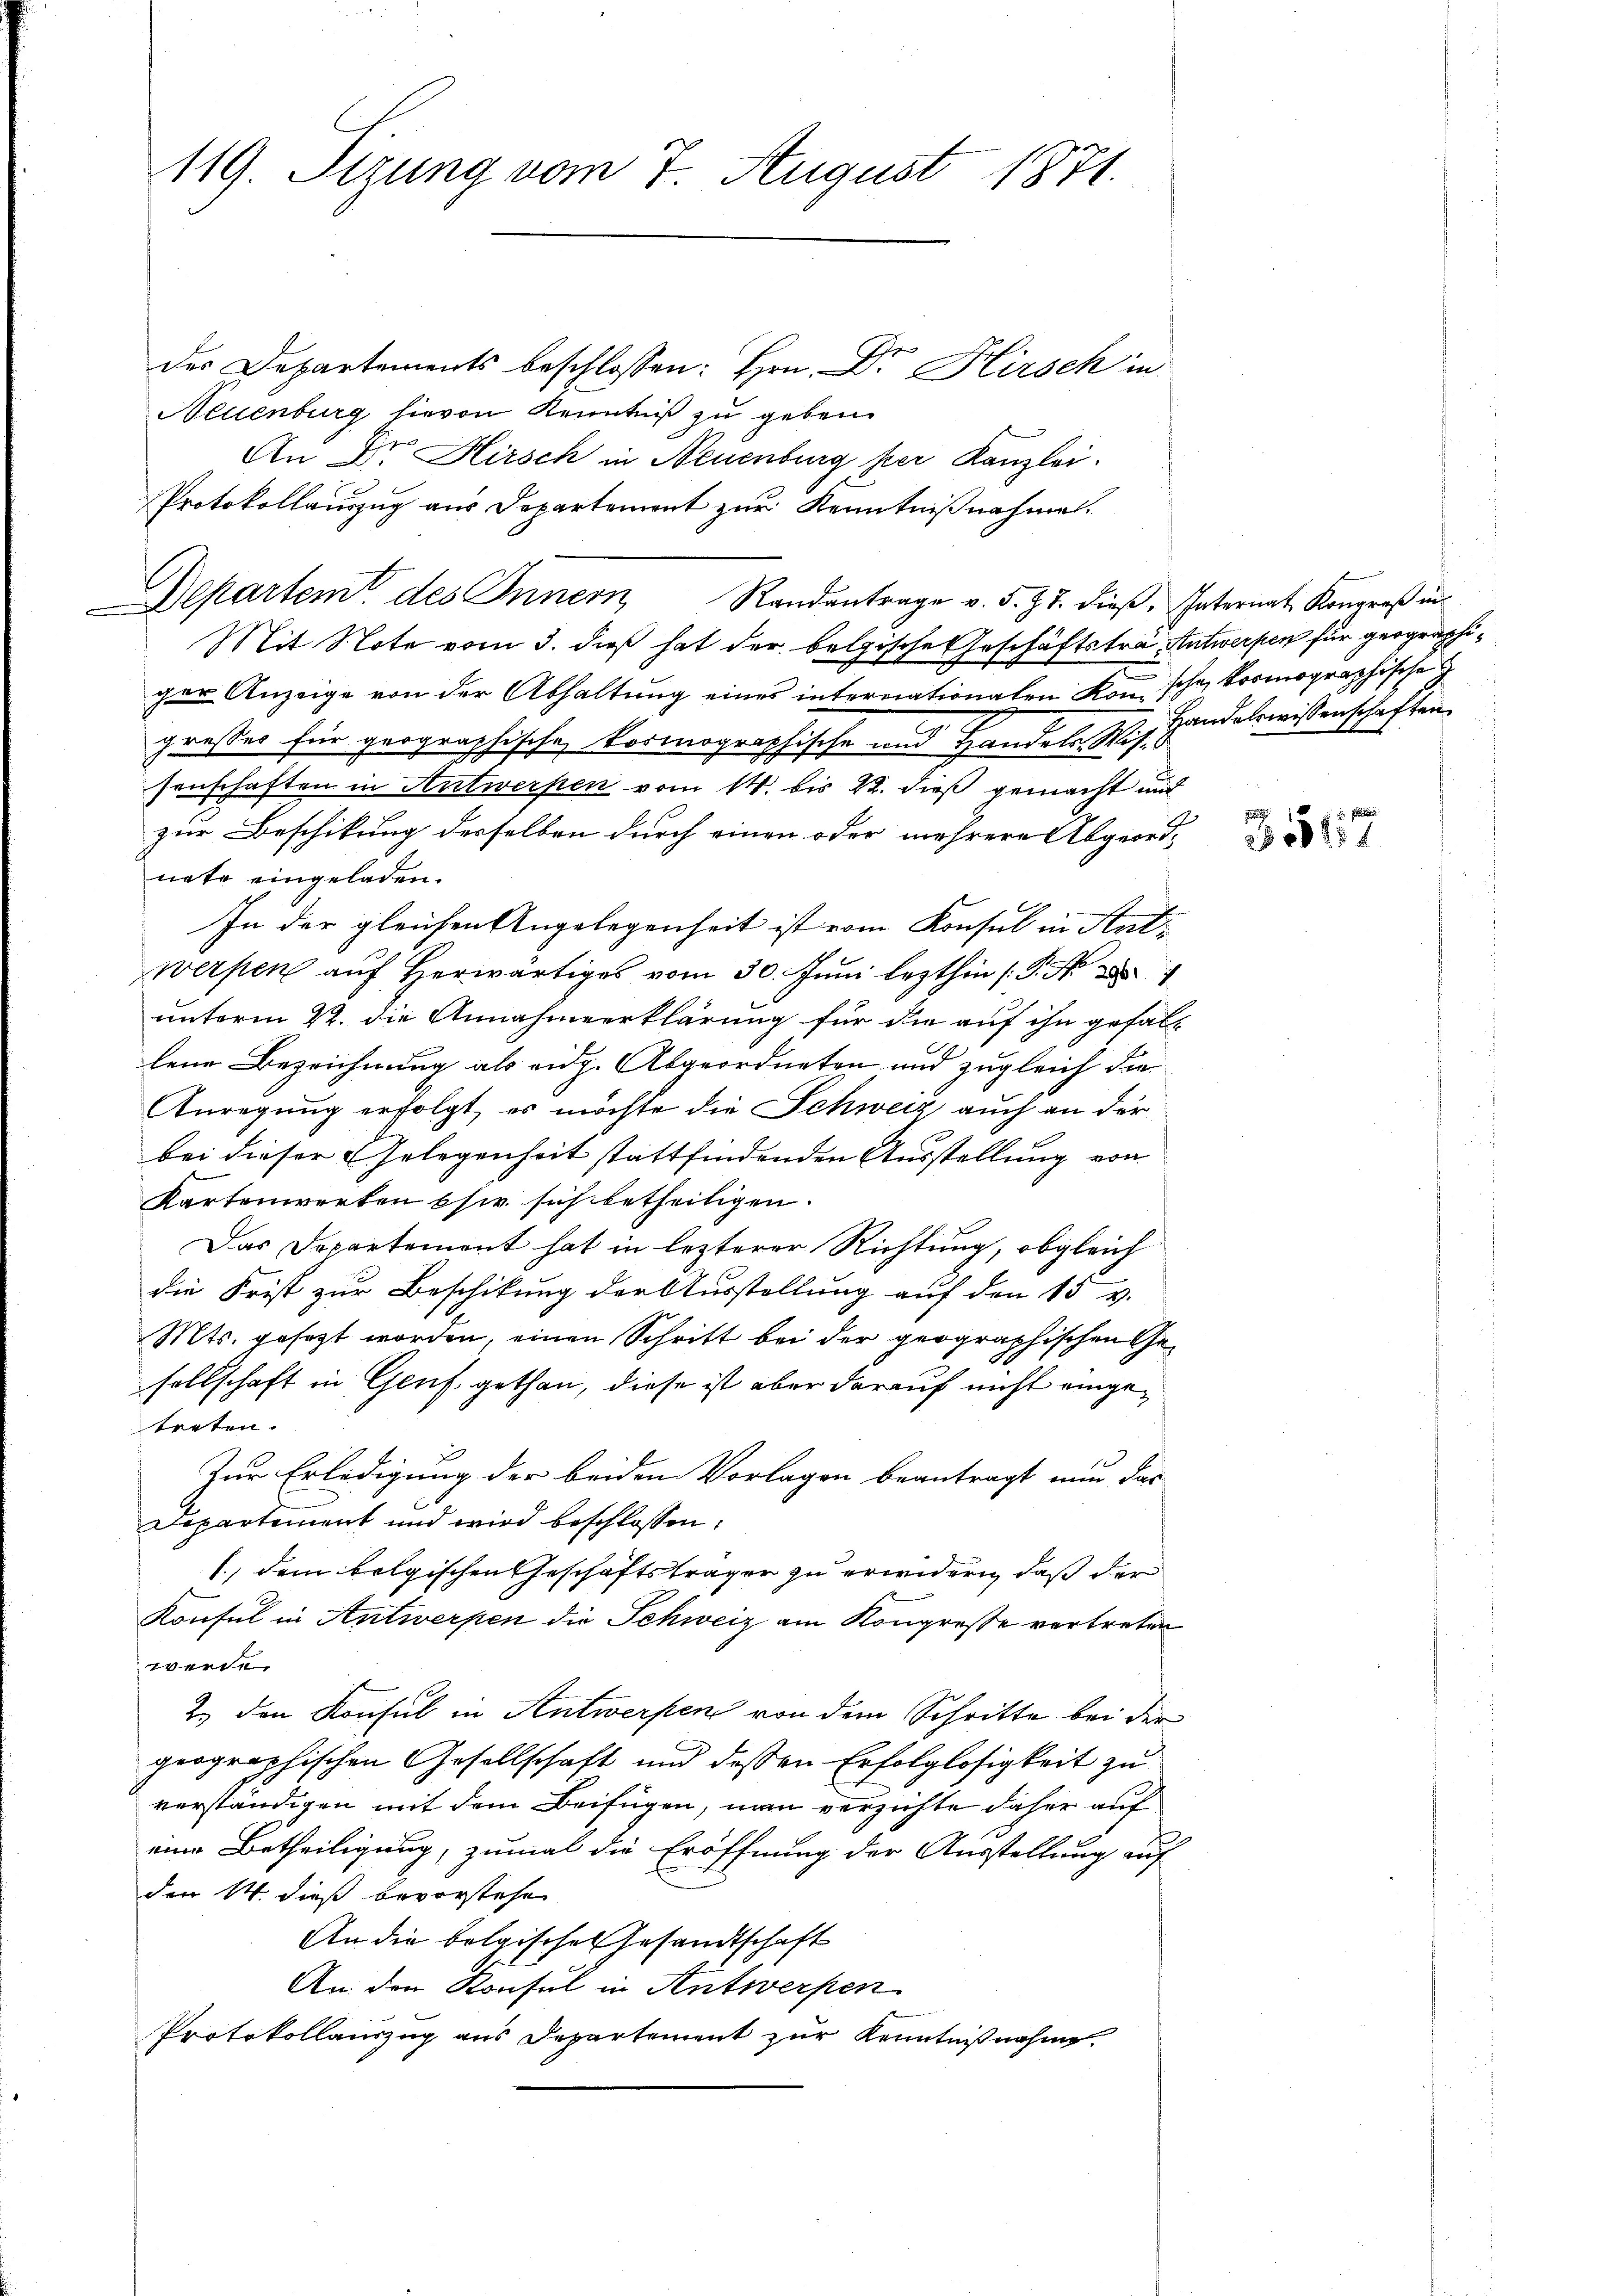
119. Sizung vom 7. August 1871.

des Departements beschlossen: Hrn. Dr Hirsch in
Neuenburg hievon Kenntniß zu geben.
An Dr. Hirsch in Neuenburg her Kanzlei.
Protokollauszug aus Departement zur Kenntnißnahmen.
Departem des Innern Randantrage v. 5. Zt. dieß. Internat Kongreß in
Mit Note vom 3. daß hat der belgische Geschäftstra, Antwerpen für geographiger Anzeige von der Abhaltung eines internationalen Kon schon kormographische
grosses für geographische kormographische und Handels Wissenschaften in Antwerpen vom 14. bis 22. dieß gemacht und
zur Beschikung derselben durch einen oder mehrere Abgeordnete eingeladen.
In der gleichen Angelegenheit ist vom Konsul in Antwerfen auf herwärtiges vom 30. Juni lezthin /: P. Nr. 188
unterm 22. die Annahmeerklärung für die auf ihn gefallene Bezeichnung als eidg. Abgeordneten und zugleich die
Anregung erfolgt, es möchte die Schweiz auch an der
bei dieser Gelegenheit stattfindenden Ausstellung von
Kartenwerken sie sich betheiligen.
Das Departement hat in lezterer Richtung, obgleich
die Frist zur Beschikung der Ausstellung auf den 15 v.
Mts. gesagt worden, einen Schritt bei der geographischen Ge¬
S
sellschaft in Genf. gethan, diese ist aber darauf nicht eingetreten.
Zur Erledigung der beidem Vorlagen beantragt nun das
Departement und wird beschlossen:
1., dem folgischen Geschäftsträger zu erwidern, daß der
Konsul in Antwerpen die Schweiz am Kongresse vertreten
werde
2.) den Konsul in Antwerpen von dem Schritte bei der
geographischen Gesellschaft und dessen Erfolglosigkeit zu
verständigen mit dem Beifügen, man verzichte daher auf
eine Betheiligung, zumal die Eröffnung der Ausstellung auf
den 14. dieß bevorstehen
An die belgisches Gesandtschaft
An den Konsul in Antwerfen
Protokollauszug aus Departement zur Kenntnißnahme.

Handelswissenschaften

2358151